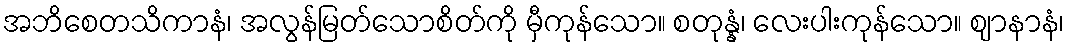
အဘိစေတသိကာနံ၊ အလွန်မြတ်သောစိတ်ကို မှီကုန်သော။ စတုန္နံ၊ လေးပါးကုန်သော။ ဈာနာနံ၊